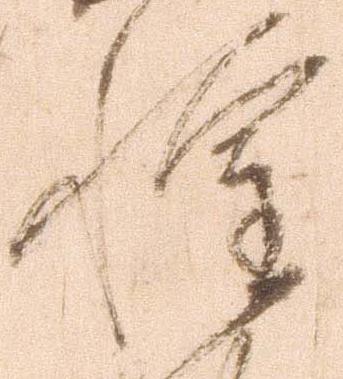
惶